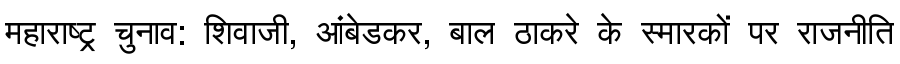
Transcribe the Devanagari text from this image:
महाराष्ट्र चुनाव: शिवाजी, आंबेडकर, बाल ठाकरे के स्मारकों पर राजनीति